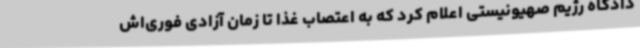
دادگاه رژیم صهیونیستی اعلام کرد که به اعتصاب غذا تا زمان آزادی فوری‌اش